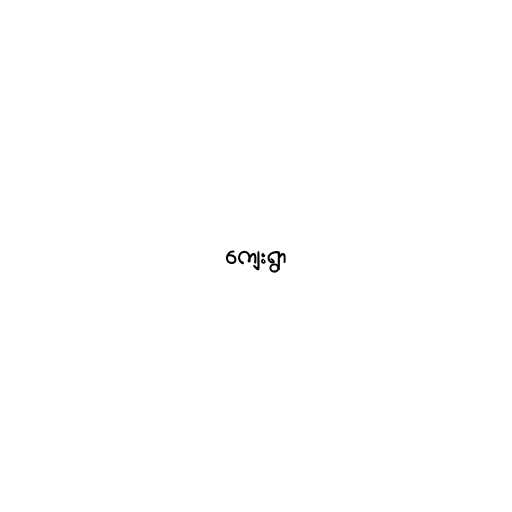
ကျေးရွာ